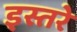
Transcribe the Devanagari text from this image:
इस्तरे